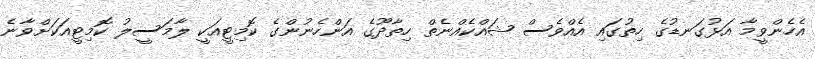
އެހެންވީމާ އަޅުގަނޑުގެ ހިތުގައި އެއްވެސް ޝައްކެއްނެތް ހިތާދޫގެ އަންހެނުންގެ ކޮމިޓީއަކީ ލާމަސީލު ކޮމިޓީއަކަށްވާނެ